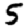
Digit: 5